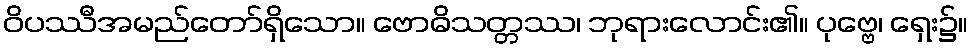
ဝိပဿီအမည်တော်ရှိသော။ ဗောဓိသတ္တဿ၊ ဘုရားလောင်း၏။ ပုဗ္ဗေ၊ ရှေး၌။